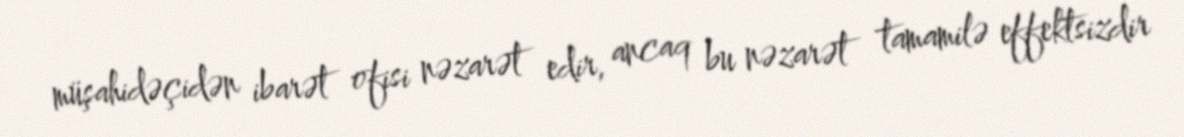
müşahidəçidən ibarət ofisi nəzarət edir, ancaq bu nəzarət tamamilə effektsizdir